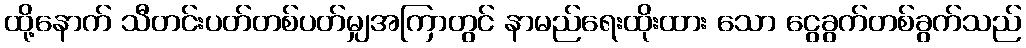
ထို့နောက် သီတင်းပတ်တစ်ပတ်မျှအကြာတွင် နာမည်ရေးထိုးထား သော ငွေခွက်တစ်ခွက်သည်